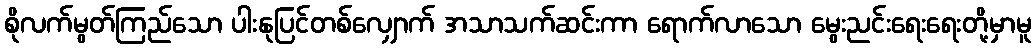
စိုလက်မွတ်ကြည်သော ပါးနုပြင်တစ်လျှောက် အသာသက်ဆင်းကာ ရောက်လာသော မွေးညင်းရေးရေးတို့မှာမူ